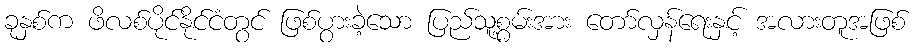
ခုနှစ်က ဖိလစ်ပိုင်နိုင်ငံတွင် ဖြစ်ပွားခဲ့သော ပြည်သူ့စွမ်းအား တော်လှန်ရေးနှင့် အလားတူအဖြစ်